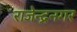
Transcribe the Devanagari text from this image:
राजेन्द्रनगर